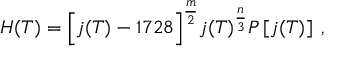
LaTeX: H ( T ) = \Bigl [ j ( T ) - 1 7 2 8 \Bigr ] ^ { \frac { m } { 2 } } j ( T ) ^ { \frac { n } { 3 } } P \left[ j ( T ) \right] \; ,